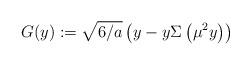
LaTeX: \begin{align*}G(y):=\sqrt{6/a}\left(y-y\Sigma\left(\mu^2y\right)\right)\end{align*}